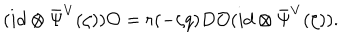
LaTeX: ( i d \otimes { \bar { \Psi } } ^ { V } ( \zeta ) ) { \cal O } = r ( - \zeta q ) D { \cal O } ( i d \otimes { \bar { \Psi } } ^ { V } ( \zeta ) ) .